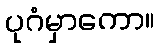
ပုဂံမှာကော။